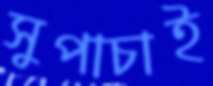
সুপাচাই